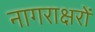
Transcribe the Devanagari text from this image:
नागराक्षरों